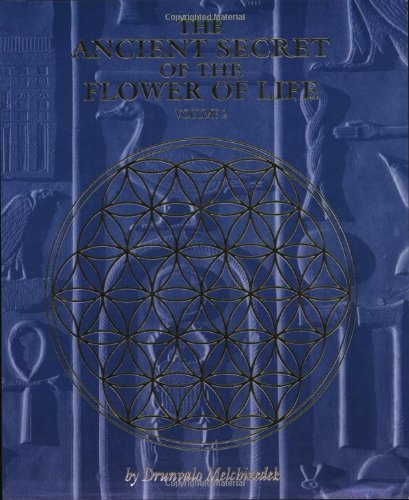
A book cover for The Ancient Secret of the Flower of Life, Volume 2; Drunvalo Melchizedek; Self-Help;